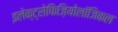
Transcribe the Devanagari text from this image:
इलेक्ट्रोफिज़ियोलॉजिकल